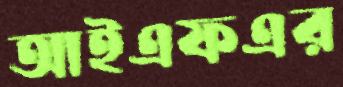
আইএফএর